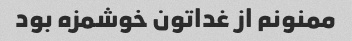
ممنونم از غداتون خوشمزه بود